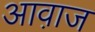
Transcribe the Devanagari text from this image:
आवा़ज